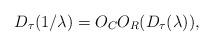
LaTeX: \begin{align*}D_{\tau }(1/\lambda )=O_{C}O_{R}(D_{\tau }(\lambda )),\end{align*}